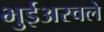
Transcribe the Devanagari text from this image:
भुईअस्वले